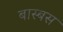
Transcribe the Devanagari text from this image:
बास्बस